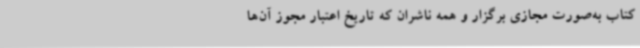
کتاب به‌صورت مجازی برگزار و همه ناشران که تاریخ اعتبار مجوز آن‌ها